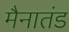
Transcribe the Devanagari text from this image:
मैनातंड